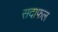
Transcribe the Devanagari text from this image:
सदाफल